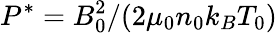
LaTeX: P^{*}=B_{0}^{2}/(2\mu_{0}n_{0}k_{B}T_{0})